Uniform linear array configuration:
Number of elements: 64
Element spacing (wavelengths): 0.5
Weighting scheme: hamming
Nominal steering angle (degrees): -60
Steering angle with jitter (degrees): -58.897
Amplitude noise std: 0.05
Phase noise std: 0.05

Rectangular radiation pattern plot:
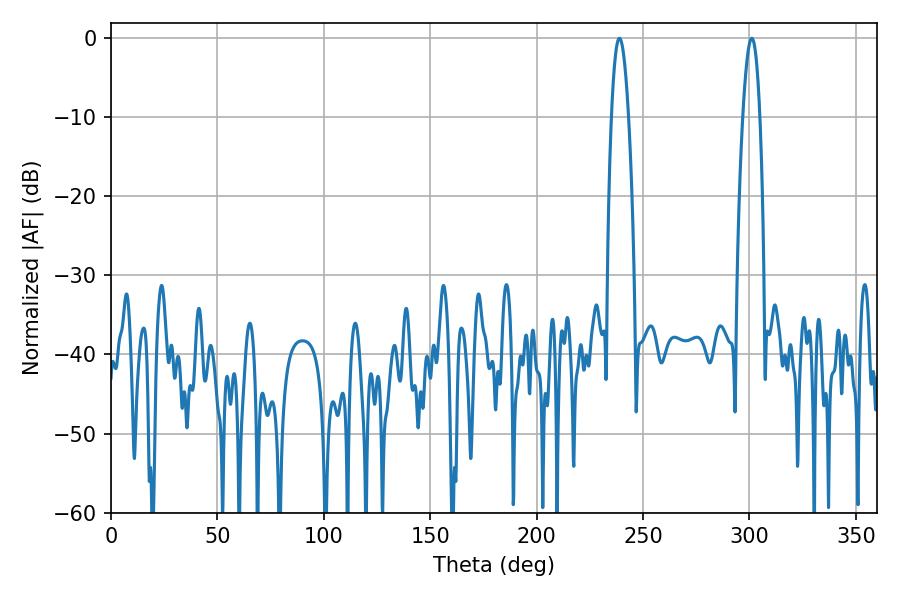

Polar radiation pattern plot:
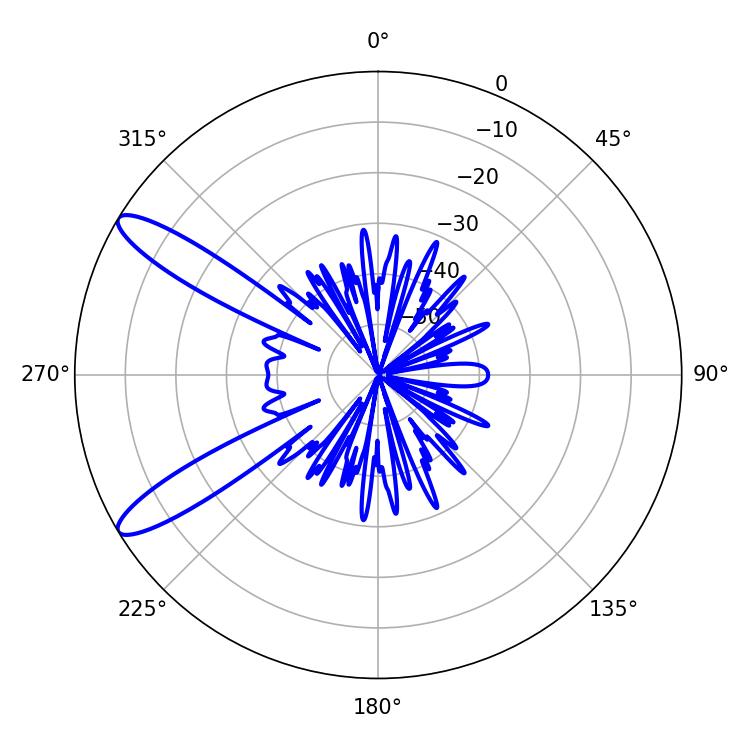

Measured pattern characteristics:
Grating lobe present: FALSE
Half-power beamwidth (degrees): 4.5
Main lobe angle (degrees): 301.14